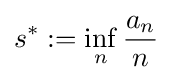
s^{*}:=\inf _{n}{\frac {a_{n}}{n}}